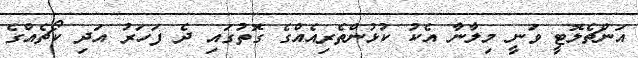
އަންޗެލޮޓީ ވަނީ މިލާނާ އެކު ކުޅުންތެރިއެއްގެ ގޮތުގައި ދެ ފަހަރު އަދި ކޯޗެއްގެ